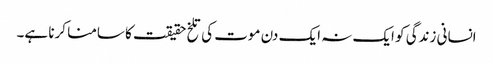
انسانی زندگی کو ایک نہ ایک دن موت کی تلخ حقیقت کا سامنا کرنا ہے۔